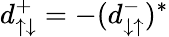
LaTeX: d_{\uparrow\downarrow}^{+}=-(d_{\downarrow\uparrow}^{-})^{*}